Enquiry on enteric fever in India - Number 32
Disease focus: Fever
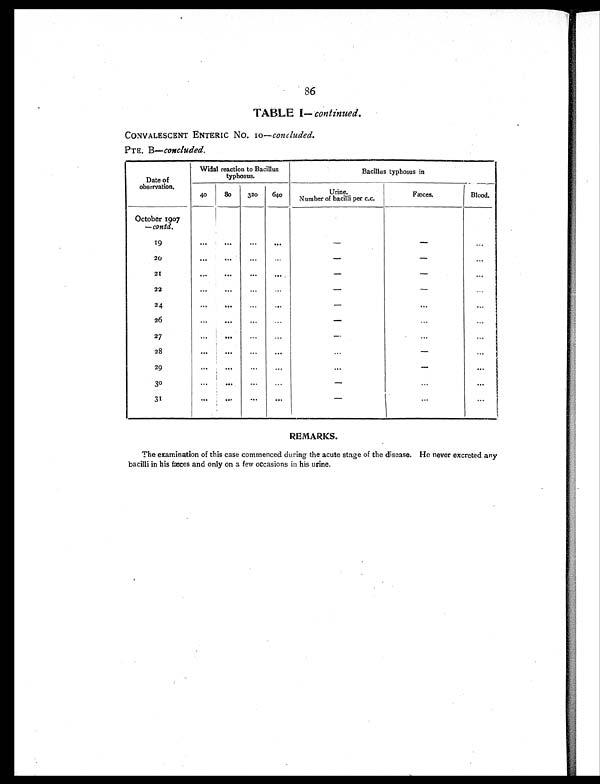
86
TABLE I — continued.
CONVALESCENT ENTERIC No. 10—concluded.
PTE. B—concluded.
Date of
observation.
Widal reaction to Bacillus.
typhosus.
Bacillus ty phosus in
40
80
320
640
Urine.
Number of bacilli per c.c.
Fæces.
Blood.
October 1907
— contd.
1 9
. . .
. . .
. . .
. . .
-
-
. . .
20
. . .
. . .
. . .
. . .
-
-
. . .
2 1
. . .
. . .
. . .
. . .
-
-
. . .
22
. . .
. . .
. . .
...
-
-
. . .
24
. . .
. . .
. . .
. . .
-
. . .
. . .
26
. . .
. . .
. . .
. . .
-
. . .
. . .
27
. . .
. . .
. . .
. . .
-
. . .
. . .
2 8
. . .
. . .
. . .
. . .
. . .
-
. . .
29
. . .
. . .
. . .
...
. . .
-
. . .
3 0
. . .
. . .
. . .
. . .
-
. . .
...
3 1
. . .
. . .
. . .
. . .
-
. . .
. . .
REMARKS.
The examination of this case commenced during the acute stage of the disease. He never excreted any
bacilli in his fæces and only on a few occasions in his urine.